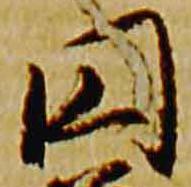
円